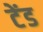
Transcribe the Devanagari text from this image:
टेंड